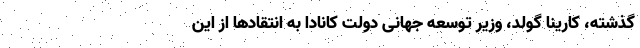
گذشته، کارینا گولد، وزیر توسعه جهانی دولت کانادا به انتقادها از این